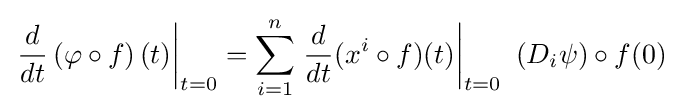
\left.{\frac {d}{dt}}\left(\varphi \circ f\right)(t)\right|_{t=0}=\sum _{i=1}^{n}\left.{\frac {d}{dt}}(x^{i}\circ f)(t)\right|_{t=0}\ (D_{i}\psi )\circ f(0)